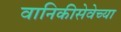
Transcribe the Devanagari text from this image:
वानिकीसेवेच्या